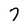
Character: 7